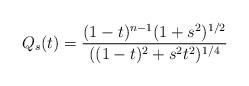
LaTeX: \begin{align*}Q_s(t) = \frac{(1-t)^{n-1} (1+s^2)^{1/2}}{((1-t)^2+s^2t^2)^{1/4}}\end{align*}